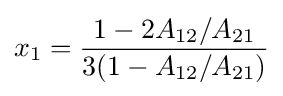
x_{1}={\frac {1-2A_{12}/A_{21}}{3(1-A_{12}/A_{21})}}